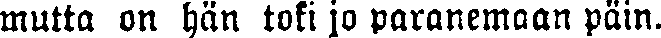
mutta on hän toki jo paranemaan päin.